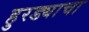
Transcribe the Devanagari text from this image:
हुरड्याचा